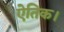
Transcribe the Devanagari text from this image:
ऐतिक।